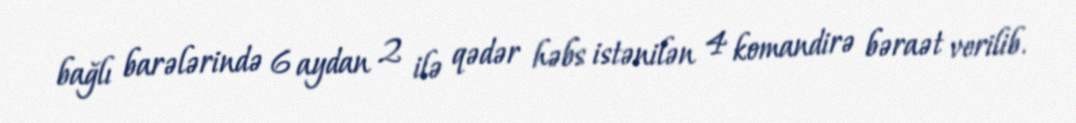
bağlı barələrində 6 aydan 2 ilə qədər həbs istənilən 4 komandirə bəraət verilib.